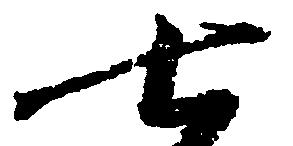
七